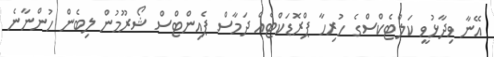
އޭނާ ވިދާޅުވީ ކަލްޓެކްސްގެ ހުރިހާ ޕްރޮޑަކްޓެއް ދަމާސް ޕެއިންޓްސް ޝޯރޫމުން ލިބެން ހުންނާނެ